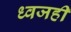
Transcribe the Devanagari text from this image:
ध्वजही